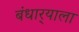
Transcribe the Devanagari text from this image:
बंधार्‍याला